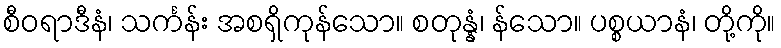
စီဝရာဒီနံ၊ သင်္ကန်း အစရှိကုန်သော။ စတုန္နံ၊ န်သော။ ပစ္စယာနံ၊ တို့ကို။